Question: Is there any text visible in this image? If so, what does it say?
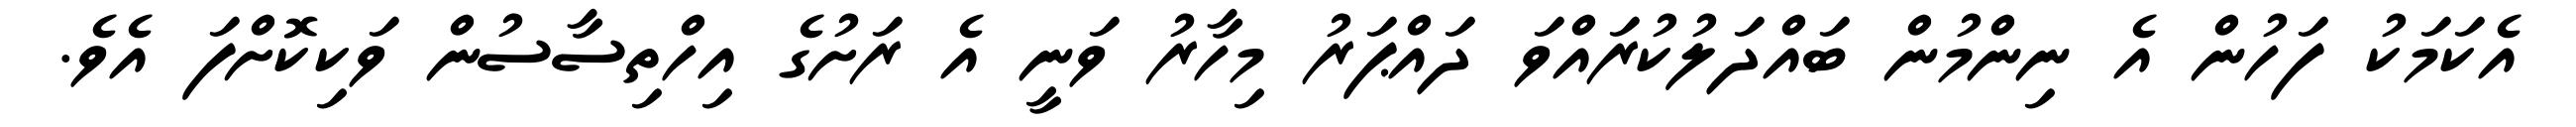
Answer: އެކަމަކު ފަހުން އެ ނިންމުން ބައްދަލުކުރައްވަ ދައްޕަރު މިހާރު ވަނީ އެ ރަށުގެ އިހްތިސާސުން ވަކިކޮށްފަ އެވެ.